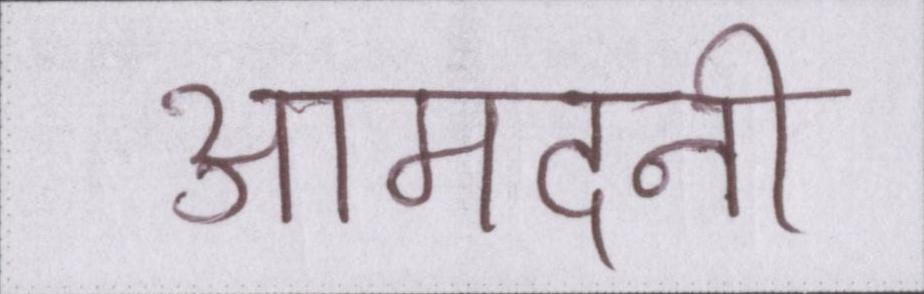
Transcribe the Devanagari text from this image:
आमदनी